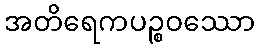
အတိရေကပဉ္စဝဿော